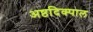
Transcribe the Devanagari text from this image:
अष्ठदिक्पाल